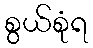
စွယ်စုံရ